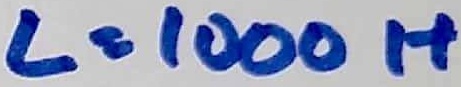
Text: L=1000H